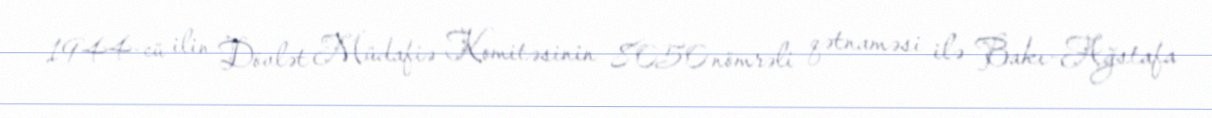
1944-cü ilin Dövlət Müdafiə Komitəsinin 8050 nömrəli qətnaməsi ilə Bakı-Ağstafa